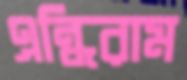
এন্ধিরাম